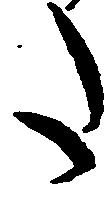
た